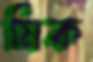
মিক